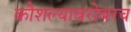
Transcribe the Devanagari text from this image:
कौशल्याबरोबरच